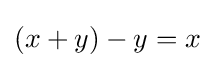
(x+y)-y=x